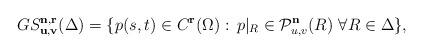
LaTeX: \begin{align*}GS_{\bf u,v}^{\bf n,r}(\Delta)=\{p(s,t)\in C^{\bf r}(\Omega):\, p\vert_{R}\in {\cal P}^{\bf n}_{u,v}(R)\,\, \forall R\in \Delta\},\end{align*}